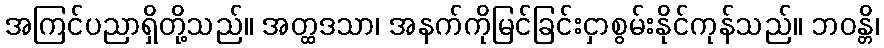
အကြင်ပညာရှိတို့သည်။ အတ္ထဒသာ၊ အနက်ကိုမြင်ခြင်းငှာစွမ်းနိုင်ကုန်သည်။ ဘဝန္တိ၊